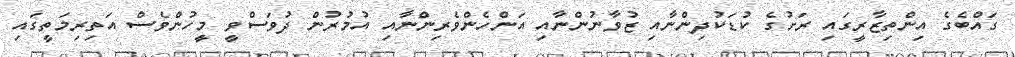
ގައްބެގެ އިންތިޒާރީގައި ރަށުގެ ކުޑަކުދިންނާއި ޒުވާނުންނާއި އަންހެންވެރިންނާއި އުމުރުން ދުވަސްވީ މީހުންވެސް އަތިރިމަތީގައި